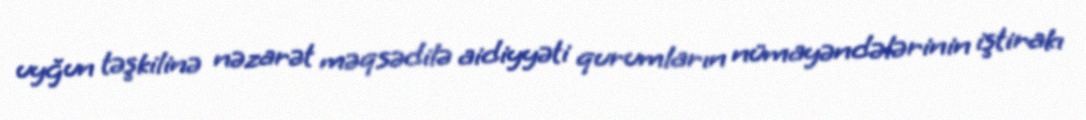
uyğun təşkilinə nəzarət məqsədilə aidiyyəti qurumların nümayəndələrinin iştirakı